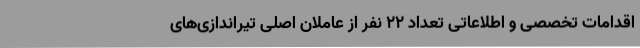
اقدامات تخصصی و اطلاعاتی تعداد ۲۲ نفر از عاملان اصلی تیراندازی‌های